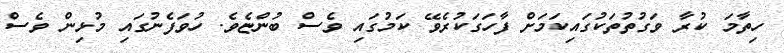
ހިތާމަ ކުރާ ވަގުތުތަކުގައިކަމަށް ފާހަގަކުރެވޭ ކަމުގައި ވެސް ބުންޏެވެ. ހުވަފެނުގައި މުޅިން ވެސް